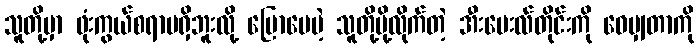
သူတို့မှာ ဖုံးကွယ်စရာမရှိဘူးလို့ ပြောပေမဲ့ သူတို့ပို့လိုက်တဲ့ အီးမေးလ်တိုင်းကို ဝေမျှတာကို